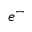
e ^ { - }